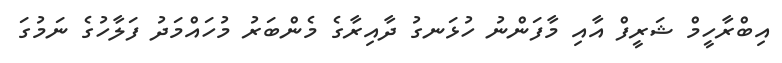
އިބްރާހީމް ޝަރީފް އާއި މާފަންނު ހުޅަނގު ދާއިރާގެ މެންބަރު މުހައްމަދު ފަލާހުގެ ނަމުގަ